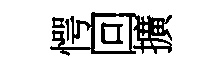
愕回擴